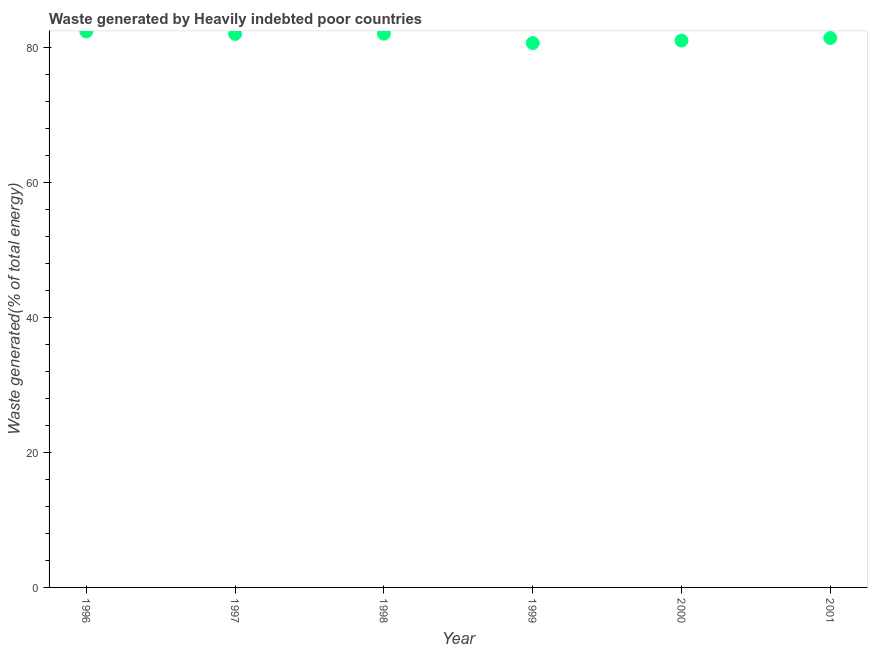
| Year | Combustible renewables and waste (% of total energy) |
 | --- | --- |
 | 1996 | 82.4 |
 | 1997 | 82 |
 | 1998 | 82 |
 | 1999 | 80.6 |
 | 2000 | 81 |
 | 2001 | 81.4 |